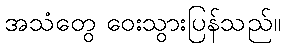
အသံတွေ ဝေးသွားပြန်သည်။